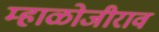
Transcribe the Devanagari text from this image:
म्हाळोजीराव